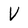
Character: V